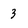
Character: 3